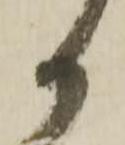
か